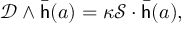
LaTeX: { \mathcal { D } } \wedge { \bar { \mathsf { h } } } ( a ) = \kappa { \mathcal { S } } \cdot { \bar { \mathsf { h } } } ( a ) ,